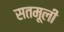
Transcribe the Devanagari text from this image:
सतमूली